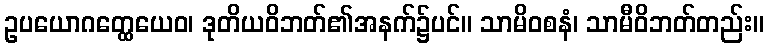
ဥပယောဂတ္ထေယေဝ၊ ဒုတိယဝိဘတ်၏အနက်၌ပင်။ သာမိဝစနံ၊ သာမီဝိဘတ်တည်း။